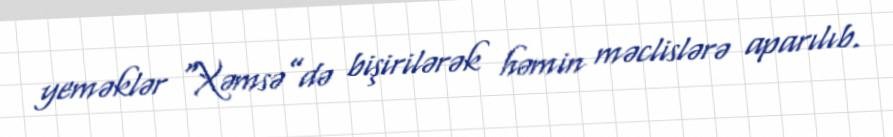
yeməklər “Xəmsə”də bişirilərək həmin məclislərə aparılıb.